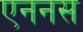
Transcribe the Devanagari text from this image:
एननस